Madras plague regulations and rules - Volume 1
Disease focus: Plague
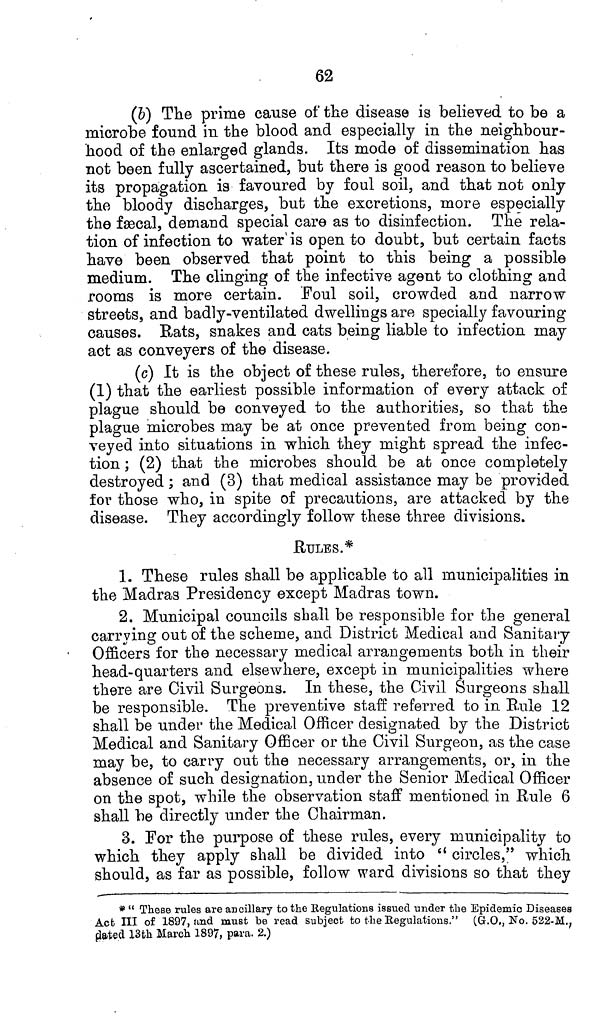
62
(b) The prime cause of the disease is believed to be a
microbe found in the blood and especially in the neighbour-
hood of the enlarged glands. Its mode of dissemination has
not been fully ascertained, but there is good reason to believe
its propagation is favoured by foul soil, and that not only
the bloody discharges, but the excretions, more especially
the faecal, demand special care as to disinfection. The rela-
tion of infection to water is open to doubt, but certain facts
have been observed that point to this being a possible
medium. The clinging of the infective agent to clothing and
rooms is more certain. Foul soil, crowded and narrow
streets, and badly-ventilated dwellings are specially favouring
causes. Rats, snakes and cats being liable to infection may
act as conveyers of the disease.
(c) It is the object of these rules, therefore, to ensure
(1) that the earliest possible information of every attack of
plague should be conveyed to the authorities, so that the
plague microbes may be at once prevented from being con-
veyed into situations in which they might spread the infec-
tion ; (2) that the microbes should be at once completely
destroyed; and (3) that medical assistance may be provided
for those who, in spite of precautions, are attacked by the
disease. They accordingly follow these three divisions.
RULES.*
1. These rules shall be applicable to all municipalities in
the Madras Presidency except Madras town.
2. Municipal councils shall be responsible for the general
carrying out of the scheme, and District Medical and Sanitary
Officers for the necessary medical arrangements both in their
head-quarters and elsewhere, except in municipalities where
there are Civil Surgeons. In these, the Civil Surgeons shall
be responsible. The preventive staff referred to in Rule 12
shall be under the Medical Officer designated by the District
Medical and Sanitary Officer or the Civil Surgeon, as the case
may be, to carry out the necessary arrangements, or, in the
absence of such designation, under the Senior Medical Officer
on the spot, while the observation staff mentioned in Rule 6
shall be directly under the Chairman.
3. For the purpose of these rules, every municipality to
which they apply shall be divided into " circles," which
should, as far as possible, follow ward divisions so that they
* " These rules are ancillary to the Regulations issued under the Epidemic Diseases
Act III of 1897, and must be read subject to the Regulations." (G.O., No. 522-M.,
dated 13th March 1897, para. 2.)